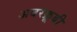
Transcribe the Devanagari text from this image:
अबरक्रूबी